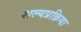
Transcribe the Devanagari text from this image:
शल्यप्रक्रिया